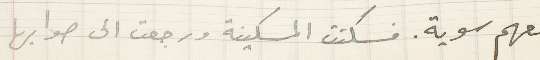
معهم سوية. فسكتت المسكينة ورجعت الى صوابها